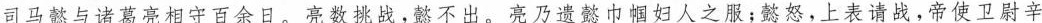
司马懿与诸葛亮相守百余日。亮数挑战，懿不出。亮乃遗懿巾帼妇人之服；懿怒，上表请战，帝使卫尉辛